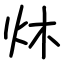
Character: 炑